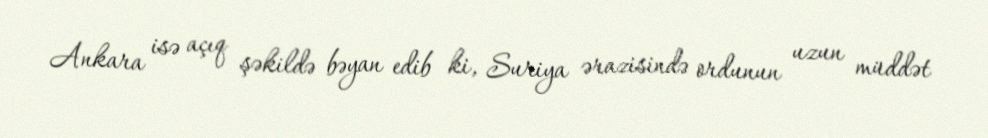
Ankara isə açıq şəkildə bəyan edib ki, Suriya ərazisində ordunun uzun müddət